Civil Veterinary Department Bengal reports 1933-51 - 1933-1951
Year: 1933
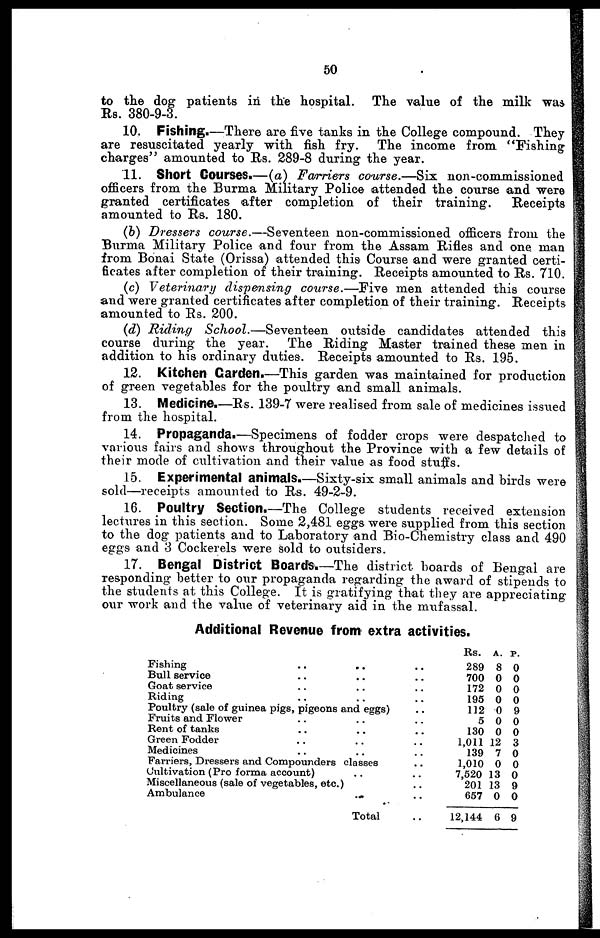
50
to the dog patients in the hospital. The value of the milk was
Rs. 380-9-3.
10. Fishing.—There are five tanks in the College compound. They
are resuscitated yearly with fish fry.
The income from "Fishing
charges" amounted to Rs. 289-8 during the year.
11. Short Courses.—(a) Farriers course.—Six
non-commissioned
officers from the Burma Military Police attended the course and were
granted certificates after completion of their training.
Receipts
amounted to Rs. 180.
(b) Dressers course.—Seventeen
non-commissioned officers from the
Burma Military Police and four from the Assam Rifles and one man
from Bonai State (Orissa) attended this Course and were granted certi-
ficates after completion of their training. Receipts amounted to Rs. 710.
(c) Veterinary dispensing course.—Five men attended this course
and were granted certificates after completion of their training. Receipts
amounted to Rs. 200.
(d) Riding
School.—Seventeen
outside candidates attended this
course during the year.
The Riding Master trained these men in
addition to his ordinary duties. Receipts amounted to Rs. 195.
12. Kitchen Garden.—This garden was maintained for production
of green vegetables for the poultry and small animals.
13. Medicine.—Rs. 139-7 were realised from sale of medicines issued
from the hospital.
14. Propaganda.—Specimens of fodder crops were despatched to
various fairs and shows throughout the Province with a few details of
their mode of cultivation and their value as food stuffs.
15. Experimental animals.—Sixty-six small animals and birds were
sold—receipts amounted to Rs. 49-2-9.
16. Poultry Section.—The College students received extension
lectures in this section. Some 2,481 eggs were supplied from this section
to the dog patients and to Laboratory and Bio-Chemistry class and 490
eggs and 3 Cockerels were sold to outsiders.
17. Bengal District Boards.—The district boards of Bengal are
responding better to our propaganda regarding the award of stipends to
the students at this College. It is gratifying that they are appreciating
our work and the value of veterinary aid in the mufassal.
Additional Revenue from extra activities.
Fishing
..
..
Bull service .. ..
Goat service .. ..
Riding .. ..
Poultry (sale of guinea pigs, pigeons and eggs)
Fruits and Flower .. ..
Rent of tanks .. ..
Green Fodder .. ..
Medicines .. ..
Farriers, Dressers and Compounders classes
Cultivation (Pro forma account) ..
Miscellaneous (sale of vegetables, etc.)
Ambulance
..
Total
..
..
..
..
..
..
..
..
..
..
..
..
..
..
Rs.
289
700
172
195
112
5
130
1,011
139
1,010
7,520
201
657
12,144
A.
8
0
0
0
0
0
0
12
7
0
13
13
0
6
P.
0
0
0
0
9
0
0
3
0
0
0
9
0
9